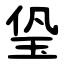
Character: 㺸